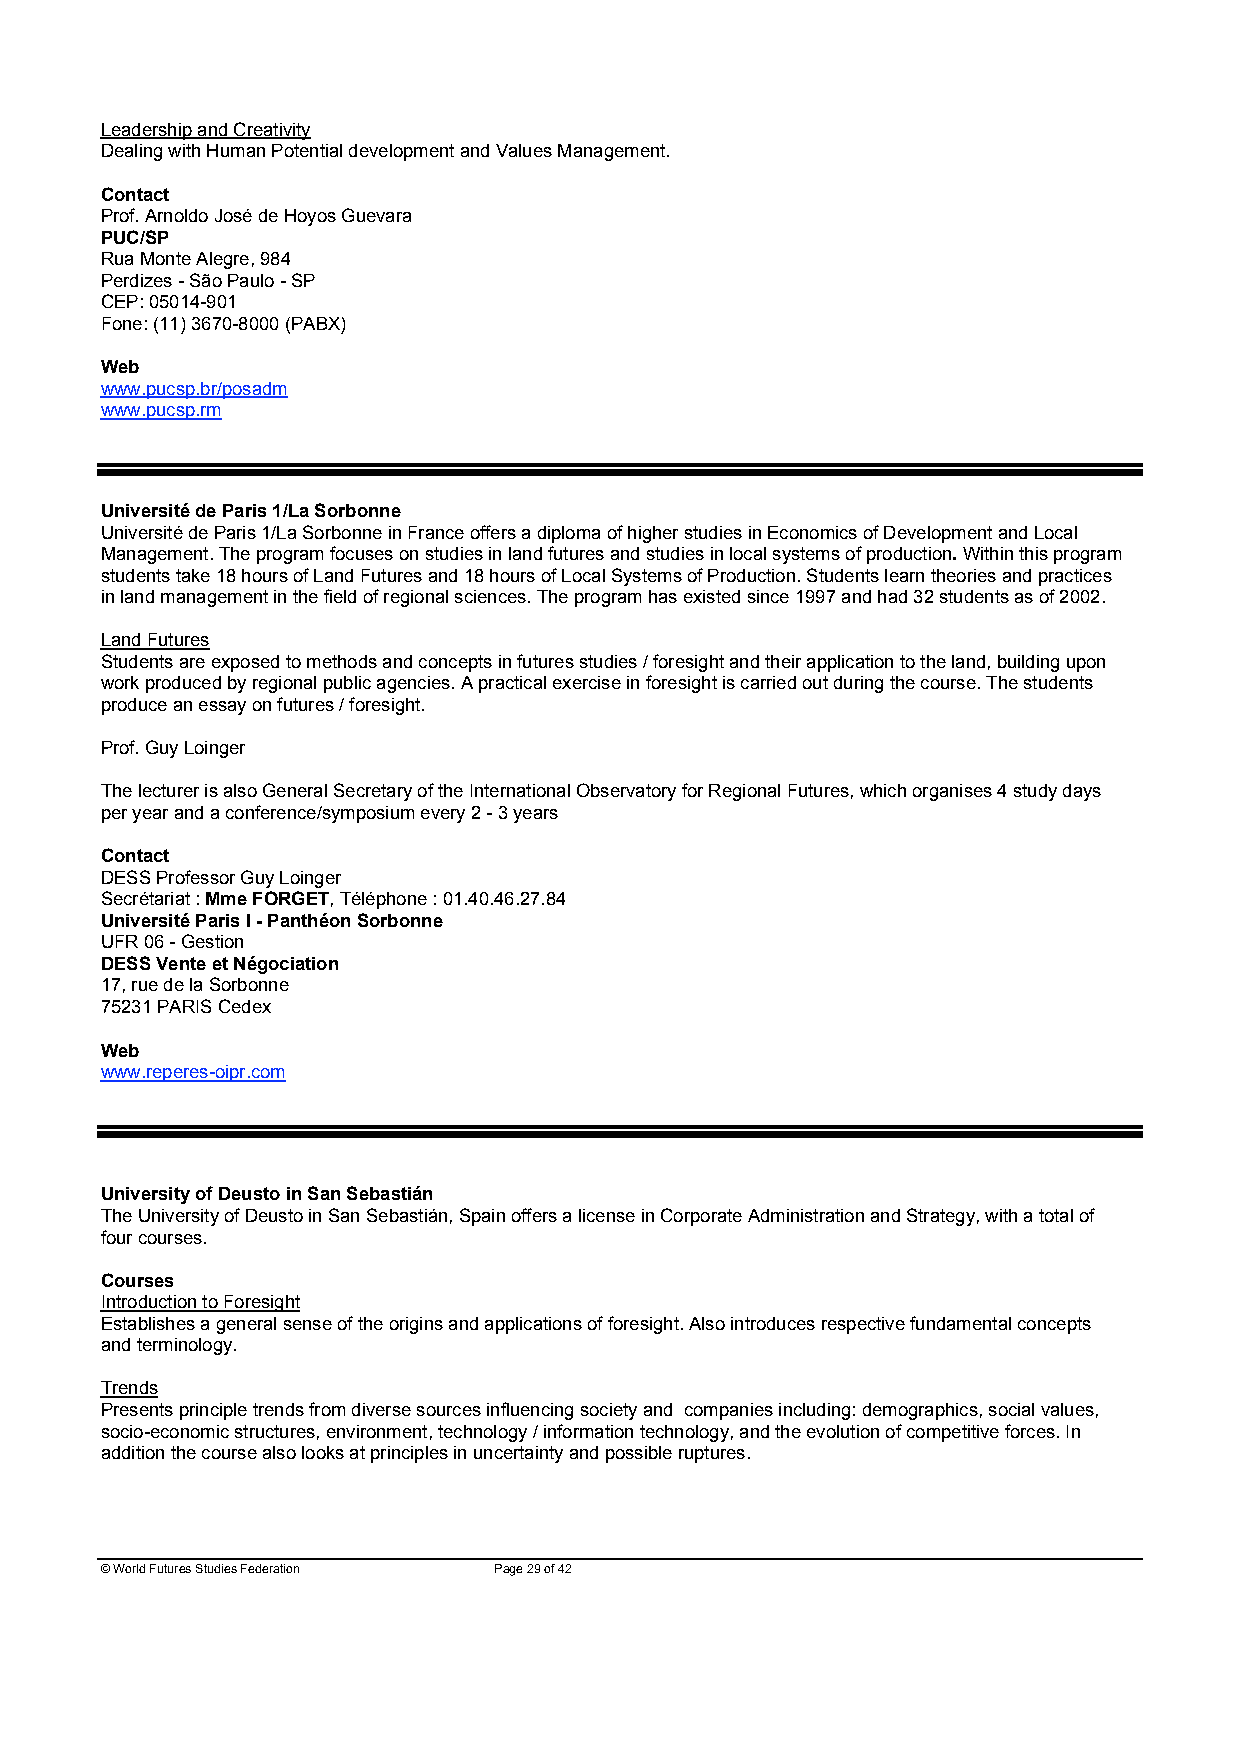
Leadership and Creativity
 Dealing with Human Potential development and Values Management.
 Contact
 Prof. Arnoldo José de Hoyos Guevara
 PUC/SP
 Rua Monte Alegre, 984
 Perdizes - São Paulo - SP
 CEP: 05014-901
 Fone: (11) 3670-8000 (PABX)
 Web
 www.pucsp.br/posadm
 www.pucsp.rm
 Université de Paris 1/La Sorbonne
 Université de Paris 1/La Sorbonne in France offers a diploma of higher studies in Economics of Development and Local
 Management. The program focuses on studies in land futures and studies in local systems of production. Within this program
 students take 18 hours of Land Futures and 18 hours of Local Systems of Production. Students learn theories and practices
 in land management in the field of regional sciences. The program has existed since 1997 and had 32 students as of 2002.
 Land Futures
 Students are exposed to methods and concepts in futures studies / foresight and their application to the land, building upon
 work produced by regional public agencies. A practical exercise in foresight is carried out during the course. The students
 produce an essay on futures / foresight.
 Prof. Guy Loinger
 The lecturer is also General Secretary of the International Observatory for Regional Futures, which organises 4 study days
 per year and a conference/symposium every 2 - 3 years
 Contact
 DESS Professor Guy Loinger
 Secrétariat : Mme FORGET, Téléphone : 01.40.46.27.84
 Université Paris I - Panthéon Sorbonne
 UFR 06 - Gestion
 DESS Vente et Négociation
 17, rue de la Sorbonne
 75231 PARIS Cedex
 Web
 www.reperes-oipr.com
 University of Deusto in San Sebastián
 The University of Deusto in San Sebastián, Spain offers a license in Corporate Administration and Strategy, with a total of
 four courses.
 Courses
 Introduction to Foresight
 Establishes a general sense of the origins and applications of foresight. Also introduces respective fundamental concepts
 and terminology.
 Trends
 Presents principle trends from diverse sources influencing society and companies including: demographics, social values,
 socio-economic structures, environment, technology / information technology, and the evolution of competitive forces. In
 addition the course also looks at principles in uncertainty and possible ruptures.
 © World Futures Studies Federation Page 29 of 42